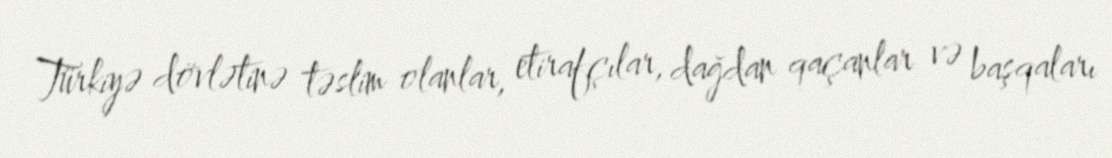
Türkiyə dövlətinə təslim olanlar, etirafçılar, dağdan qaçanlar və başqaları